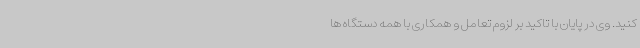
کنید. وی در پایان با تاکید بر لزوم تعامل و همکاری با همه دستگاه ها